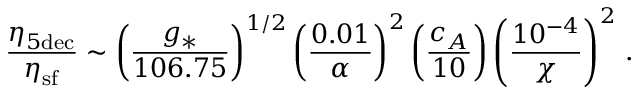
\frac { \eta _ { 5 \mathrm { d e c } } } { \eta _ { \mathrm { s f } } } \sim \bigg ( \frac { g _ { \ast } } { 1 0 6 . 7 5 } \bigg ) ^ { 1 / 2 } \left( \frac { 0 . 0 1 } { \alpha } \right) ^ { 2 } \bigg ( \frac { c _ { A } } { 1 0 } \bigg ) \left( \frac { 1 0 ^ { - 4 } } { \chi } \right) ^ { 2 } \, .